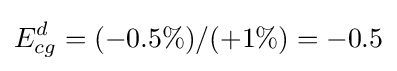
E_{cg}^{d}=(-0.5\%)/(+1\%)=-0.5